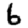
Digit: 6